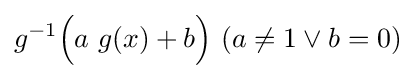
g^{-1}{\Bigl (}a\ g(x)+b{\Bigr )}\ (a\neq 1\vee b=0)